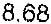
8.68